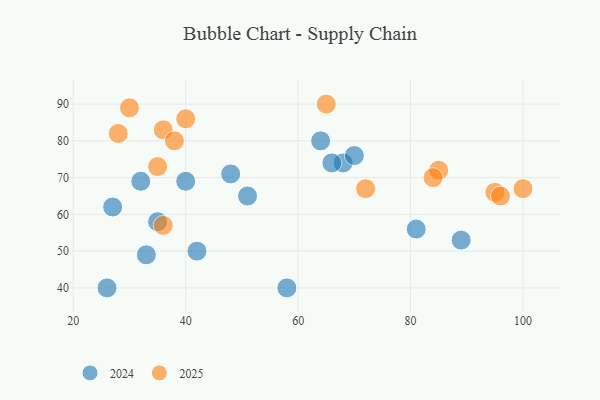
{"axis": {"x": "GDP", "y": "Life Expectancy"}, "legend": ["2024", "2025"], "data": [{"x": "36", "y": 83, "type": "2025"}, {"x": "95", "y": 66, "type": "2025"}, {"x": "85", "y": 72, "type": "2025"}, {"x": "40", "y": 86, "type": "2025"}, {"x": "65", "y": 90, "type": "2025"}, {"x": "35", "y": 73, "type": "2025"}, {"x": "36", "y": 57, "type": "2025"}, {"x": "96", "y": 65, "type": "2025"}, {"x": "38", "y": 80, "type": "2025"}, {"x": "100", "y": 67, "type": "2025"}, {"x": "84", "y": 70, "type": "2025"}, {"x": "30", "y": 89, "type": "2025"}, {"x": "72", "y": 67, "type": "2025"}, {"x": "28", "y": 82, "type": "2025"}, {"x": "32", "y": 69, "type": "2024"}, {"x": "51", "y": 65, "type": "2024"}, {"x": "64", "y": 80, "type": "2024"}, {"x": "68", "y": 74, "type": "2024"}, {"x": "66", "y": 74, "type": "2024"}, {"x": "48", "y": 71, "type": "2024"}, {"x": "35", "y": 58, "type": "2024"}, {"x": "70", "y": 76, "type": "2024"}, {"x": "58", "y": 40, "type": "2024"}, {"x": "40", "y": 69, "type": "2024"}, {"x": "26", "y": 40, "type": "2024"}, {"x": "27", "y": 62, "type": "2024"}, {"x": "42", "y": 50, "type": "2024"}, {"x": "81", "y": 56, "type": "2024"}, {"x": "89", "y": 53, "type": "2024"}, {"x": "33", "y": 49, "type": "2024"}]}